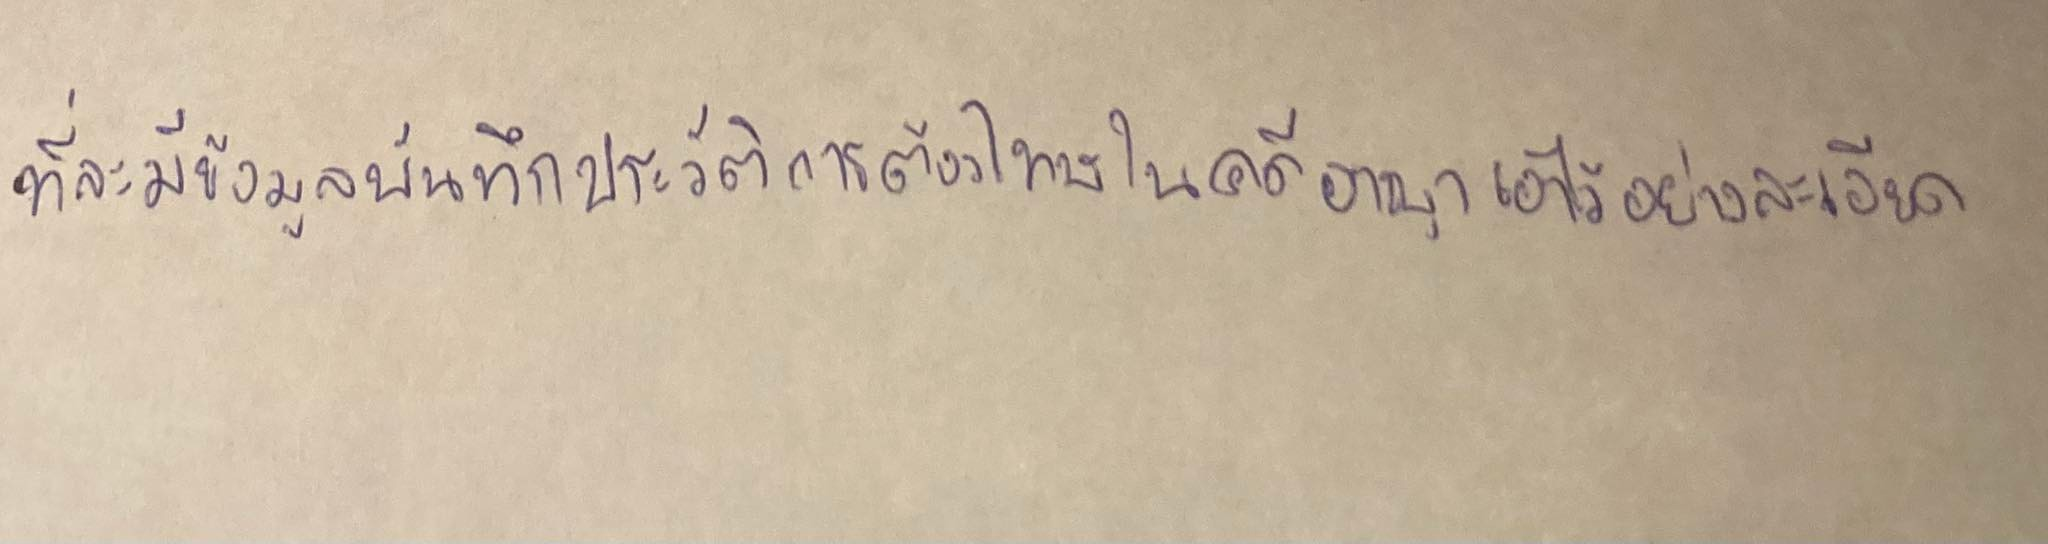
ที่จะมีข้อมูลบันทึกประวัติการต้องโทษในคดีอาญาเอาไว้อย่างละเอียด